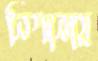
নিশানায়